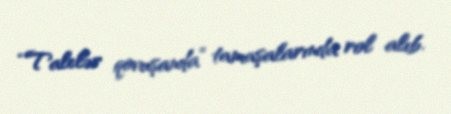
“Talelər qovuşanda” tamaşalarında rol alıb.